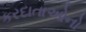
કરદાતાઓનો